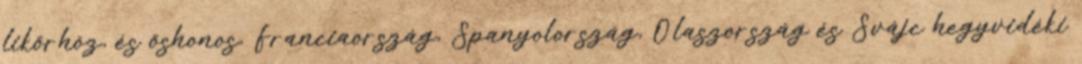
likőrhöz, és őshonos, Franciaország, Spanyolország, Olaszország és Svájc hegyvidéki